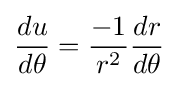
{\frac {du}{d\theta }}={\frac {-1}{r^{2}}}{\frac {dr}{d\theta }}